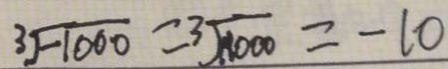
\sqrt [ 3 ] { - 1 0 0 0 } = \sqrt [ 3 ] { 1 0 0 0 } = - 1 0